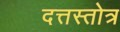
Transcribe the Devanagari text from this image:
दत्तस्तोत्र